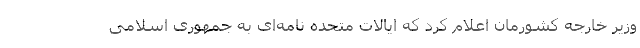
وزیر خارجه کشورمان اعلام کرد که ایالات متحده نامه‌ای به جمهوری اسلامی